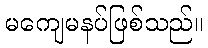
မကျေမနပ်ဖြစ်သည်။